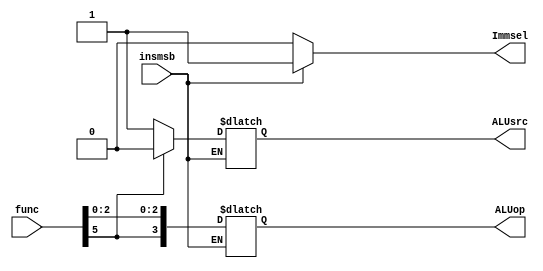
`timescale 1ns / 1ps
//////////////////////////////////////////////////////////////////////////////////
// Company: 
// Engineer: 
// 
// Design Name: 
// Module Name:    controlunit 
// Project Name: 
// Target Devices: 
// Tool versions: 
// Description: 
//
// Dependencies: 
//
// Revision: 
// Revision 0.01 - File Created
// Additional Comments: 
//
//////////////////////////////////////////////////////////////////////////////////
module controlunit(
    input insmsb,
    input [5:0] func,
    output reg ALUsrc,
    output reg [3:0] ALUop,
    output reg Immsel
    );
always @(*)
begin
if(insmsb==1)
begin
Immsel <= 1;
end
else
begin
ALUop <= {{func[5]},func[2:0]};
Immsel <= insmsb;
if(func[5]==0)
begin
ALUsrc = 1;
end
else
begin
ALUsrc = 0;
end
end
end
endmodule